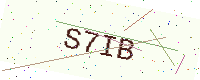
Text: S7IB